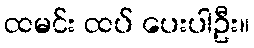
ထမင်း ထပ် ပေးပါဦး။